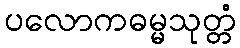
ပလောကဓမ္မသုတ္တံ